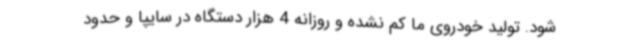
شود. تولید خودروی ما کم نشده و روزانه 4 هزار دستگاه در سایپا و حدود